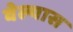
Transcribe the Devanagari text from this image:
वेल्यास